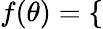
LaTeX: \begin{array}{r}{f(\theta)=\left\{ \begin{array}{ll}\end{array}\right.}\end{array}